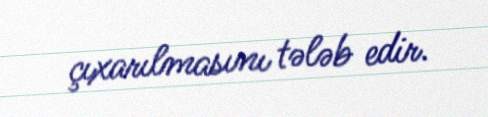
çıxarılmasını tələb edir.